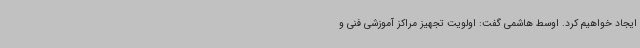
ایجاد خواهیم کرد. اوسط هاشمی گفت: اولویت تجهیز مراکز آموزشی فنی و